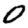
Digit: 0